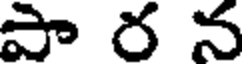
పా ర న